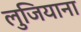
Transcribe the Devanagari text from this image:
लुजियाना